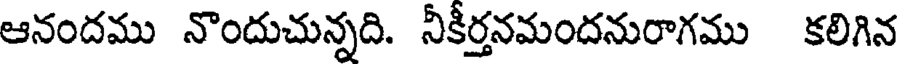
ఆనందము నొందుచున్నది. నీకీర్తనమందనురాగము కలిగిన